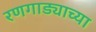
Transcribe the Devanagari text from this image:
रणगाड्याच्या